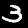
Label: 3